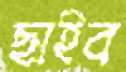
ছাইব